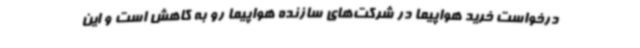
درخواست خرید هواپیما در شرکت‌های سازنده هواپیما رو به کاهش است و این